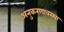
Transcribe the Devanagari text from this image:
अनुकरणावस्था